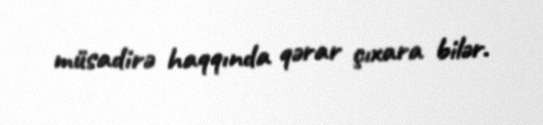
müsadirə haqqında qərar çıxara bilər.